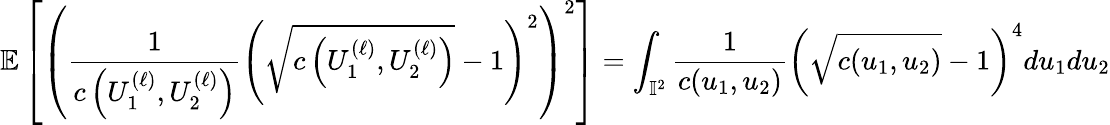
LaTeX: \mathbb{E}\left[\left(\frac{1}{c\left(U_{1}^{(\ell)},U_{2}^{(\ell)}\right)}\left(\sqrt{c\left(U_{1}^{(\ell)},U_{2}^{(\ell)}\right)}-1\right)^{2}\right)^{2}\right]=\int_{\mathbb{I}^{2}}\frac{1}{c(u_{1},u_{2})}\left(\sqrt{c(u_{1},u_{2})}-1\right)^{4}du_{1}du_{2}